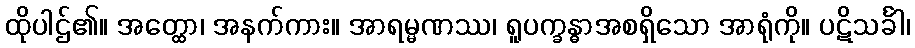
ထိုပါဌ်၏။ အတ္ထော၊ အနက်ကား။ အာရမ္မဏဿ၊ ရူပက္ခန္ဓာအစရှိသော အာရုံကို။ ပဋိသင်္ခါ၊